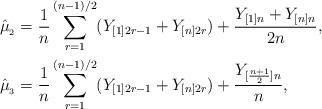
LaTeX: \begin{align*}&\hat{\mu}_{_{2}}=\frac{1}{n}\sum\limits_{r=1}^{(n-1)/2}(Y_{[1]2r-1}+Y_{[n]2r})+\frac{Y_{[1]n}+Y_{[n]n}}{2n},\\&\hat{\mu}_{_{3}}=\frac{1}{n}\sum\limits_{r=1}^{(n-1)/2}(Y_{[1]2r-1}+Y_{[n]2r})+\frac{Y_{[\frac{n+1}{2}]n}}{n},\end{align*}